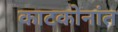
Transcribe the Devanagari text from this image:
काटकोनांत